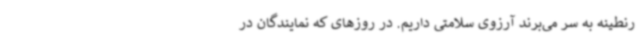
رنطینه به سر می‌برند آرزوی سلامتی داریم. در روزهای که نمایندگان در